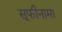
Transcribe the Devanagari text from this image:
सूफीनामा